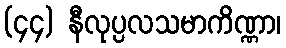
(၄၄) နီလုပ္ပလသမာကိဏ္ဏာ၊